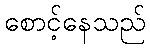
စောင့်နေသည်